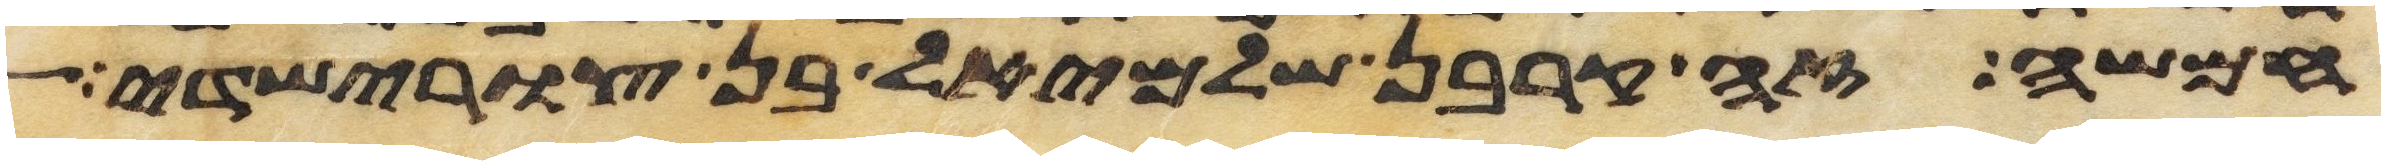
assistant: חמשה זה קרבן שלמיאל בן צורישדי